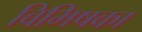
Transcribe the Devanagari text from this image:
विभिषका